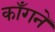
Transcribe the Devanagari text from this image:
काँगने